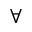
\forall